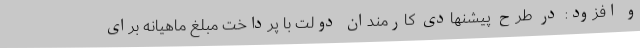
و افزود: در طرح پیشنهادی کارمندان دولت با پرداخت مبلغ ماهیانه برای